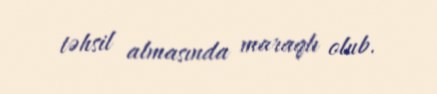
təhsil almasında maraqlı olub.